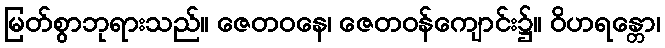
မြတ်စွာဘုရားသည်။ ဇေတဝနေ၊ ဇေတဝန်ကျောင်း၌။ ဝိဟရန္တော၊